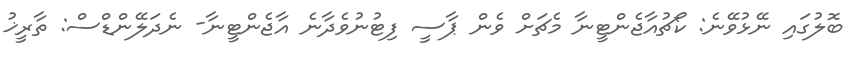
ބޮލުގައި ނޭޅުވޭނެ: ކޯޗުއާޖެންޓީނާ މެޗަށް ވެން ޕާސީ ފިޓުނުވެދާނެ އާޖެންޓީނާ- ނެދަލޭންޑްސް: ތާރީޚު